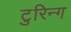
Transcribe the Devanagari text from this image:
टुरिन्ग